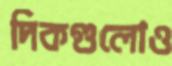
দিকগুলোও